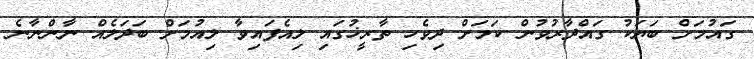
ގައުމަށް ބަޔަކު ގައްދާރުވުން ކަމަށް ދިވެހި ތާރީޚުގައި ލިއެފައިވާ ލިއުމަށް ބަދަލެއް ނާންނާނެ